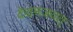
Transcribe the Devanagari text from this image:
देशमजयत्